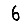
Digit: 6